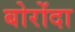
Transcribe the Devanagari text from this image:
बोरोंदा